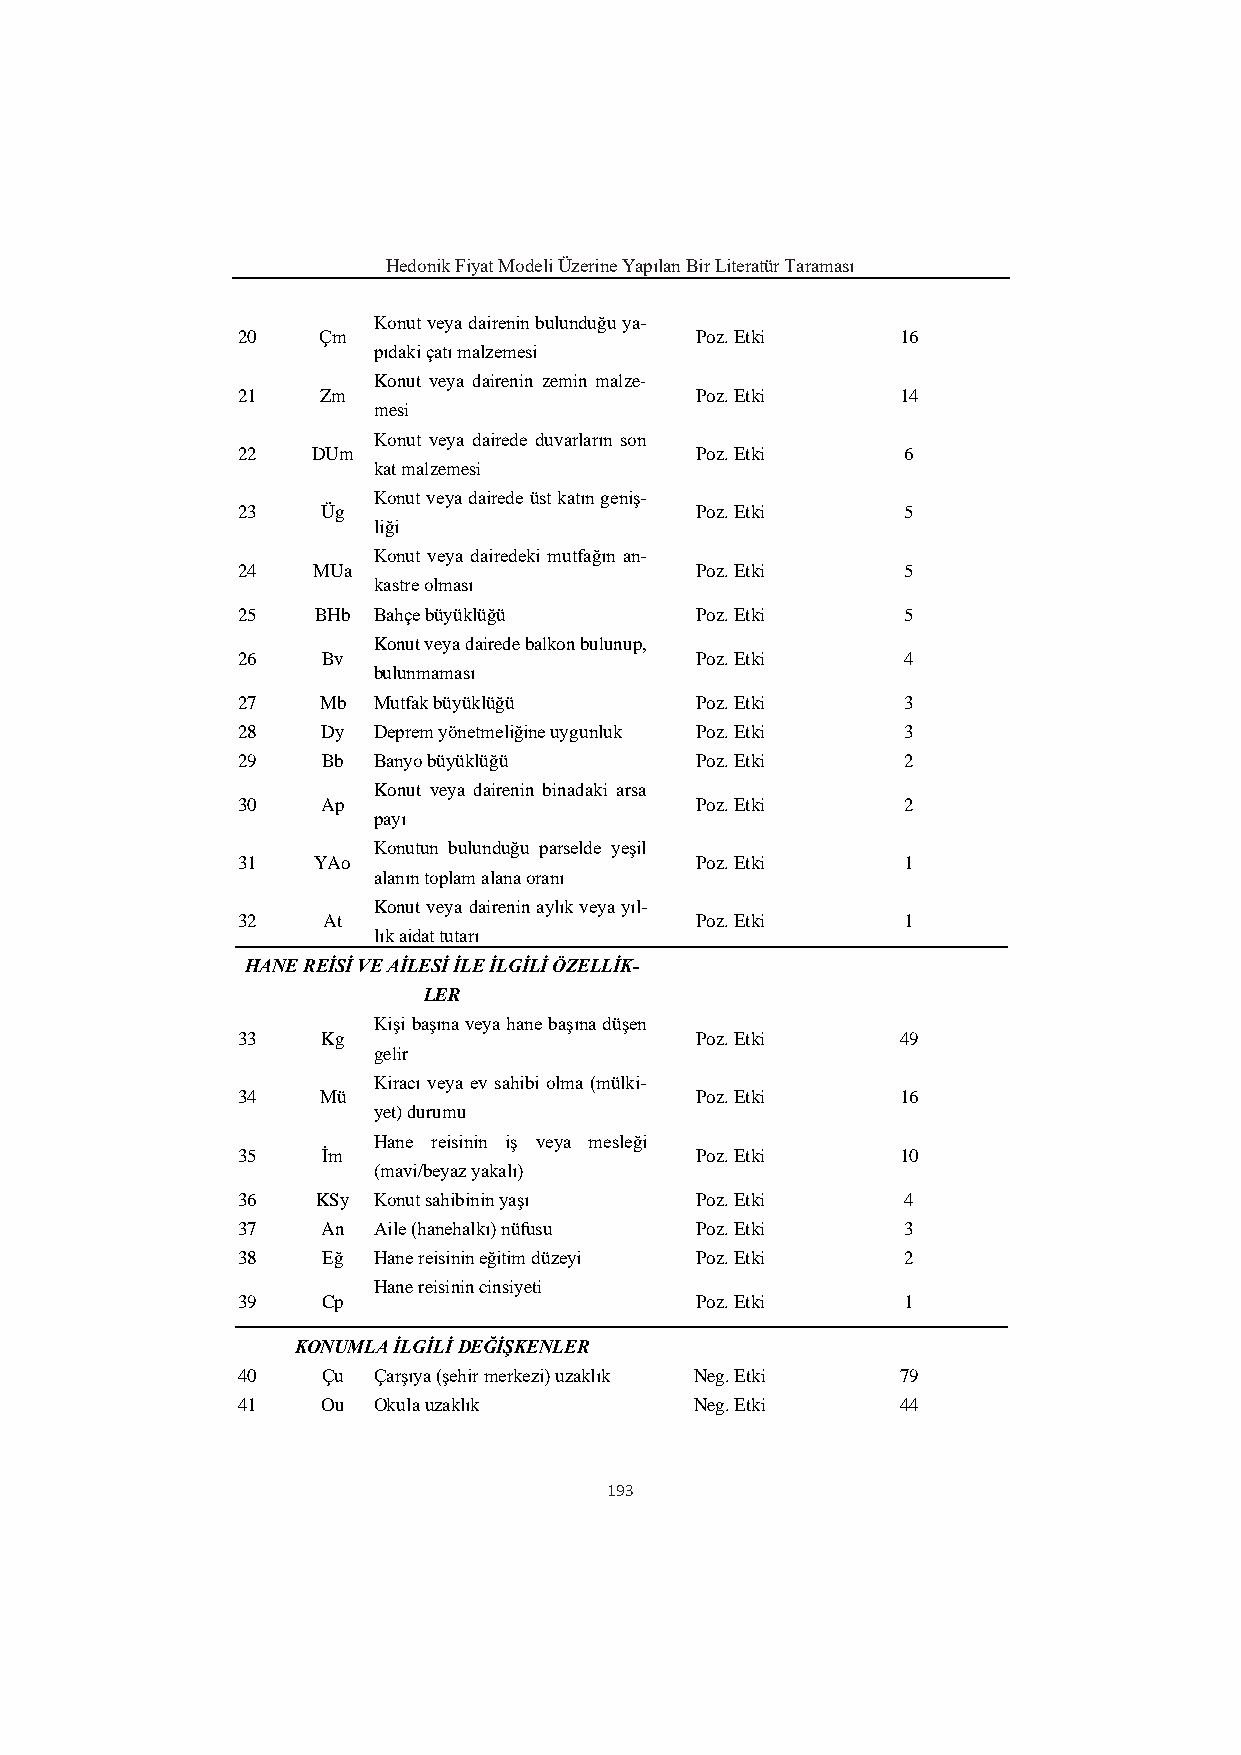
Hedonik Fiyat Modeli Üzerine Yapılan Bir Literatür Taraması
 Konut veya dairenin bulunduğu ya-
 20   Çm                       Poz. Etki     16
 pıdaki çatı malzemesi
 Konut veya dairenin zemin malze-
 21   Zm                       Poz. Etki     14
 mesi
 Konut veya dairede duvarların son
 22   DUm                      Poz. Etki     6
 kat malzemesi
 Konut veya dairede üst katın geniş-
 23   Üg                       Poz. Etki     5
 liği
 Konut veya dairedeki mutfağın an-
 24   MUa                      Poz. Etki     5
 kastre olması
 25   BHb Bahçe büyüklüğü      Poz. Etki     5
 Konut veya dairede balkon bulunup,
 26   Bv                       Poz. Etki     4
 bulunmaması
 27   Mb  Mutfak büyüklüğü     Poz. Etki     3
 28   Dy  Deprem yönetmeliğine uygunluk Poz. Etki 3
 29   Bb  Banyo büyüklüğü      Poz. Etki     2
 Konut veya dairenin binadaki arsa
 30   Ap                       Poz. Etki     2
 payı
 Konutun bulunduğu parselde yeşil
 31   YAo                      Poz. Etki     1
 alanın toplam alana oranı
 Konut veya dairenin aylık veya yıl-
 32   At                       Poz. Etki     1
 lık aidat tutarı
 HANE REİSİ VE AİLESİ İLE İLGİLİ ÖZELLİK-
 LER
 Kişi başına veya hane başına düşen
 33   Kg                       Poz. Etki     49
 gelir
 Kiracı veya ev sahibi olma (mülki-
 34   Mü                       Poz. Etki     16
 yet) durumu
 Hane reisinin iş veya mesleği
 35   İm                       Poz. Etki     10
 (mavi/beyaz yakalı)
 36   KSy Konut sahibinin yaşı Poz. Etki     4
 37   An  Aile (hanehalkı) nüfusu Poz. Etki  3
 38   Eğ  Hane reisinin eğitim düzeyi Poz. Etki 2
 Hane reisinin cinsiyeti
 39   Cp                       Poz. Etki     1
 KONUMLA İLGİLİ DEĞİŞKENLER
 40   Çu  Çarşıya (şehir merkezi) uzaklık Neg. Etki 79
 41   Ou  Okula uzaklık        Neg. Etki     44
 193